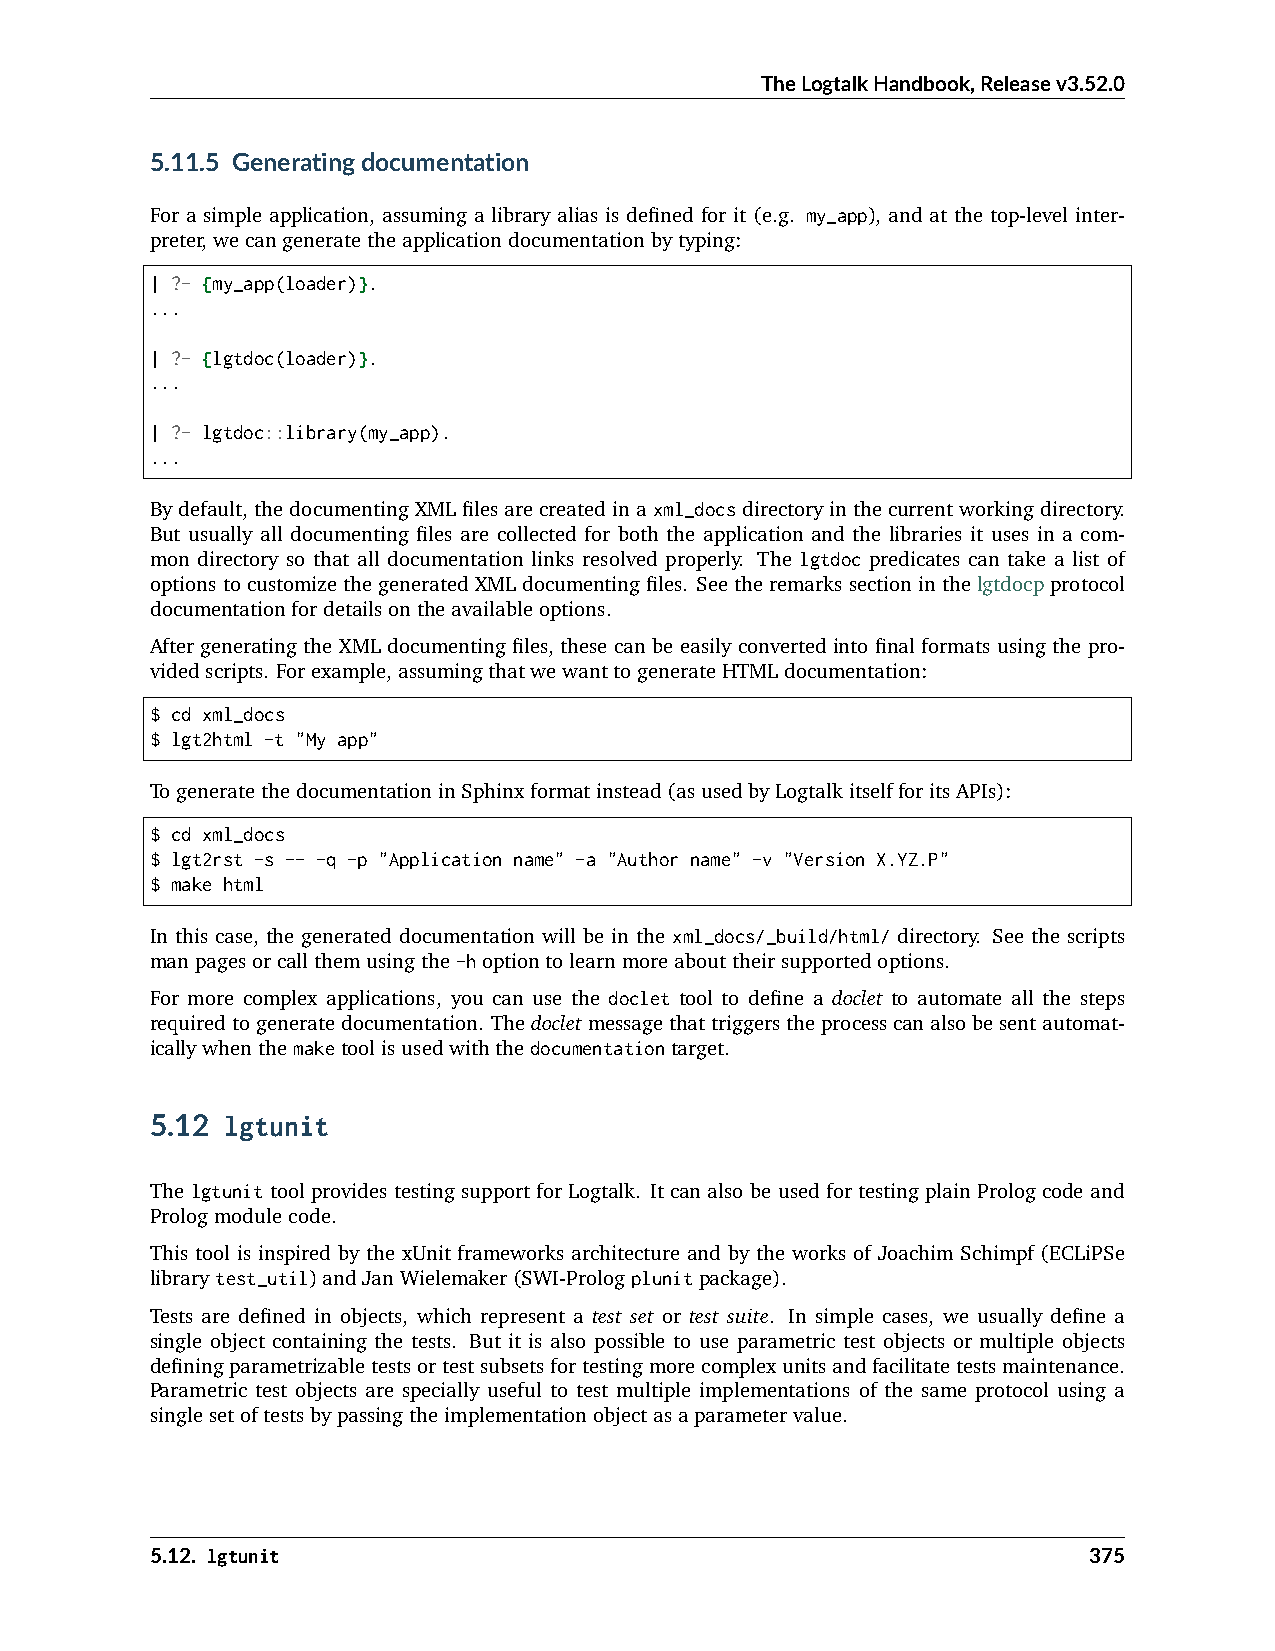
TheLogtalkHandbook,Releasev3.52.0
 5.11.5 Generatingdocumentation
 For a simple application, assuming a library alias is defined for it (e.g. my_app), and at the top-level inter-
 preter,wecangeneratetheapplicationdocumentationbytyping:
 | ?- {my_app(loader)}.
 ...
 | ?- {lgtdoc(loader)}.
 ...
 | ?- lgtdoc::library(my_app).
 ...
 Bydefault, thedocumentingXMLfilesarecreatedinaxml_docsdirectoryinthecurrentworkingdirectory.
 But usually all documenting files are collected for both the application and the libraries it uses in a com-
 mon directory so that all documentation links resolved properly. The lgtdoc predicates can take a list of
 optionstocustomizethegeneratedXMLdocumentingfiles. Seetheremarkssectioninthelgtdocpprotocol
 documentationfordetailsontheavailableoptions.
 After generating the XML documenting files, these can be easily converted into final formats using the pro-
 videdscripts. Forexample,assumingthatwewanttogenerateHTMLdocumentation:
 $ cd xml_docs
 $ lgt2html -t "My app"
 TogeneratethedocumentationinSphinxformatinstead(asusedbyLogtalkitselfforitsAPIs):
 $ cd xml_docs
 $ lgt2rst -s -- -q -p "Application name" -a "Author name" -v "Version X.YZ.P"
 $ make html
 In this case, the generated documentation will be in the xml_docs/_build/html/ directory. See the scripts
 manpagesorcallthemusingthe-hoptiontolearnmoreabouttheirsupportedoptions.
 For more complex applications, you can use the doclet tool to define a doclet to automate all the steps
 requiredtogeneratedocumentation. Thedocletmessagethattriggerstheprocesscanalsobesentautomat-
 icallywhenthemaketoolisusedwiththedocumentationtarget.
 5.12 lgtunit
 The lgtunit tool provides testing support for Logtalk. It can also be used for testing plain Prolog code and
 Prologmodulecode.
 This tool is inspired by the xUnit frameworks architecture and by the works of Joachim Schimpf (ECLiPSe
 librarytest_util)andJanWielemaker(SWI-Prologplunitpackage).
 Tests are defined in objects, which represent a test set or test suite. In simple cases, we usually define a
 single object containing the tests. But it is also possible to use parametric test objects or multiple objects
 definingparametrizabletestsortestsubsetsfortestingmorecomplexunitsandfacilitatetestsmaintenance.
 Parametric test objects are specially useful to test multiple implementations of the same protocol using a
 singlesetoftestsbypassingtheimplementationobjectasaparametervalue.
 5.12. lgtunit                                                 375